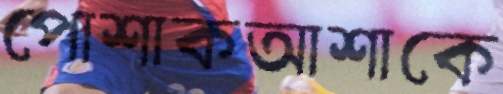
পোশাকআশাকে